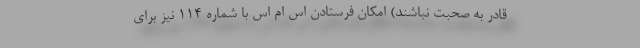
قادر به صحبت نباشند) امکان فرستادن اس ام اس با شماره ۱۱۴ نیز برای